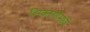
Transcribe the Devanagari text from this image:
शिकागोमध्ये